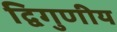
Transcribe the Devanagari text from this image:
द्विगुणीय